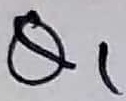
Text: Q1